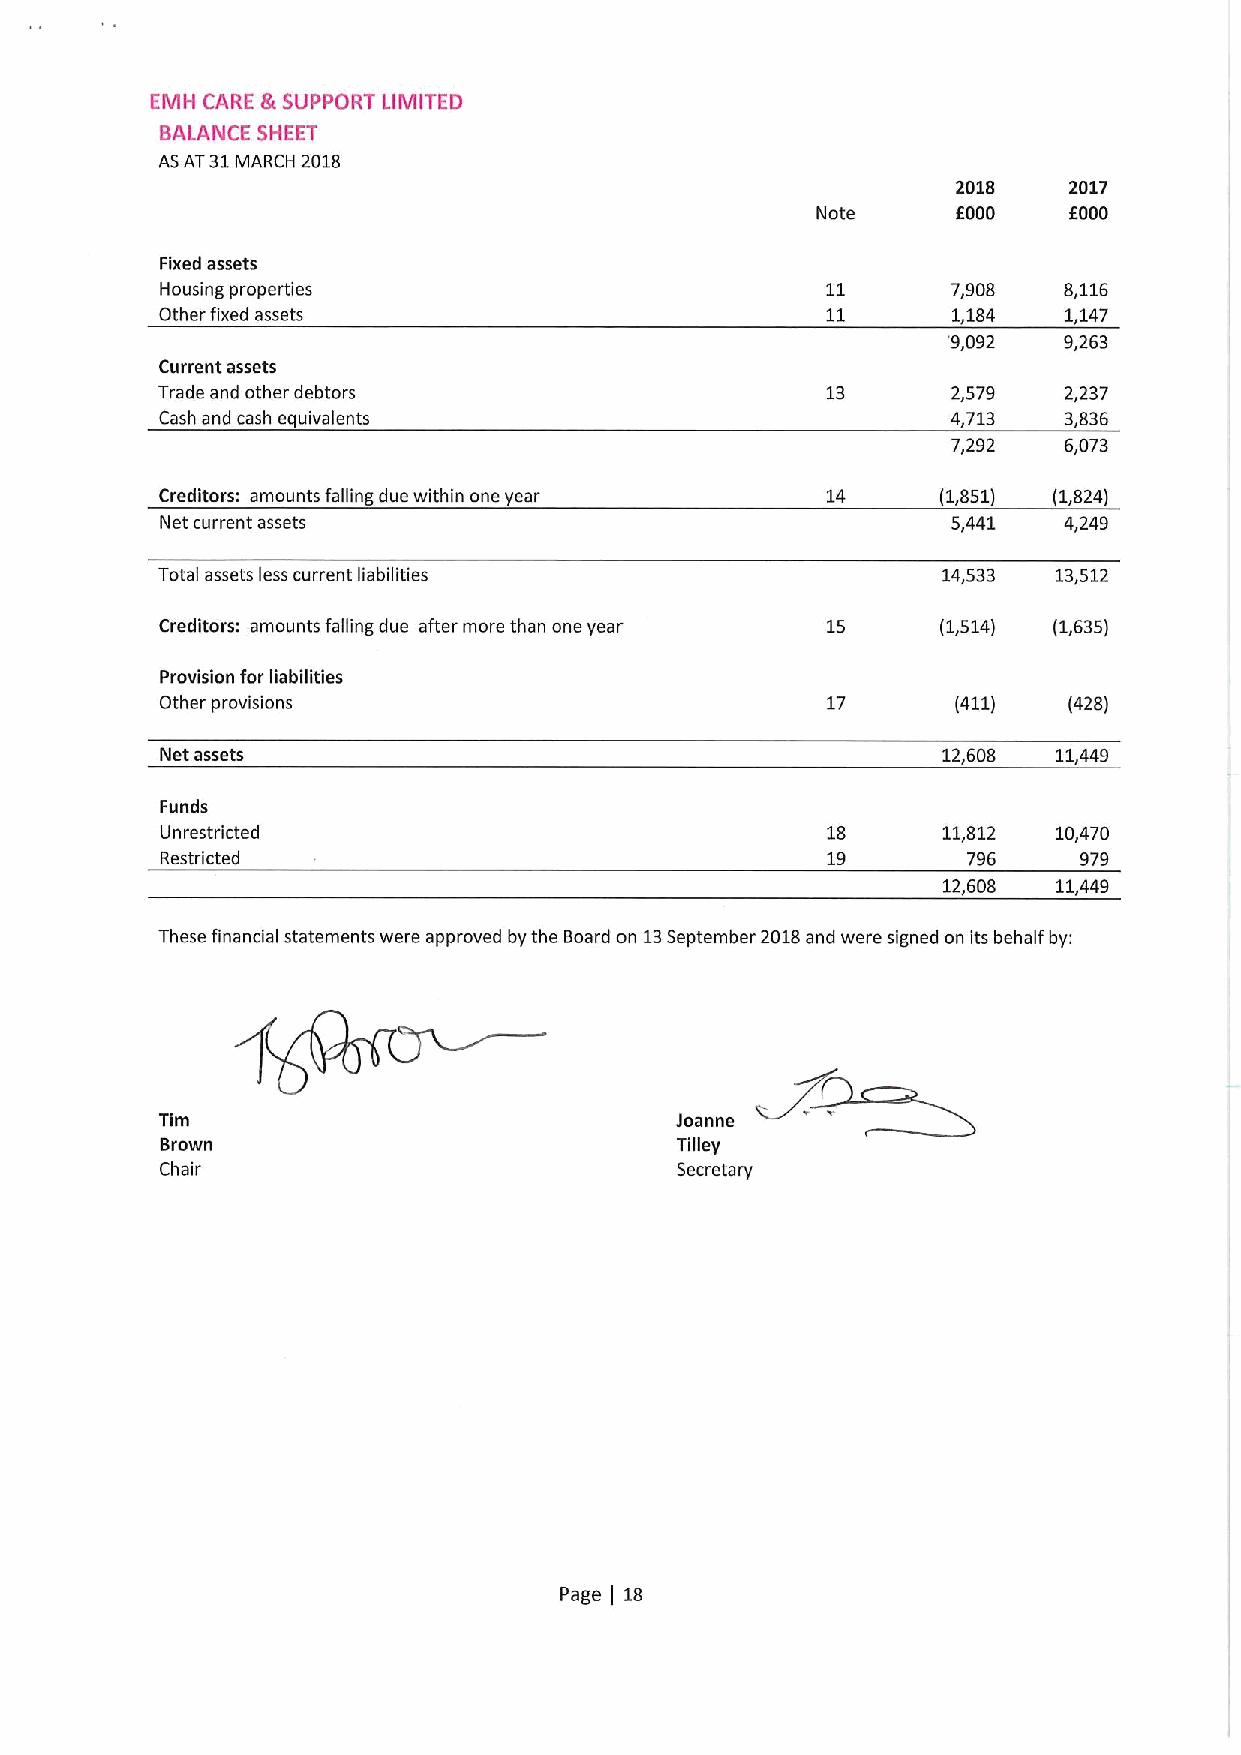
EMH CARE &SUPPORT LIMITED
 BALANCE SHEET
 ASAT31MARCH 2018
 2018    2017
 Note     f000    6000
 Fixed assets
 Housing properties                                  7,908  8,116
 Other fixed assets                                  1,184   1,147
 9,092  9,263
 Current assets
 Trade and other debtors                      13      2,579  2,237
 Cash and cash equivalents                           4,713  3,836
 7,292  6,073
 Creditors: amounts falling due within one year 14  (1,851) (1,824)
 Net current assets                                  5,441  4,249
 Total assets less current liabilities               14,533  13,512
 Creditors: amounts falling due after more than one year 15 (1,514) (1,635)
 Provision for liabilities
 Other provisions                            17      (411)   (428)
 Net assets                                         12,608  11,449
 Funds
 Unrestricted                                18     11,812  10,470
 Restricted                                  19       796     979
 12,608  11,449
 These financial statements were approved by the Board on 13September 2018and were signed on its behalf by:
 Tim
 Brown                             Tilley
 Chair                             Secretary
 Page 18
 )